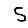
Digit: 5